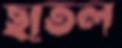
ছাতল